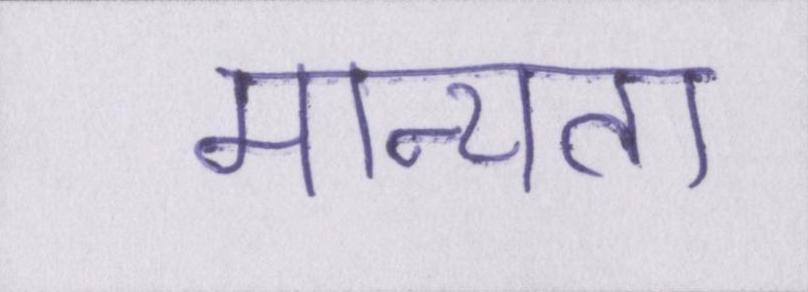
मान्यता